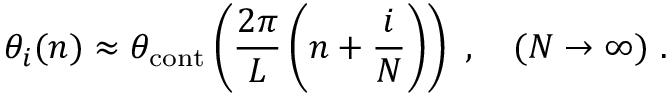
\theta _ { i } ( n ) \approx \theta _ { \mathrm { c o n t } } \left( \frac { 2 \pi } { L } \left( n + \frac { i } { N } \right) \right) \ , \quad ( N \to \infty ) \ .